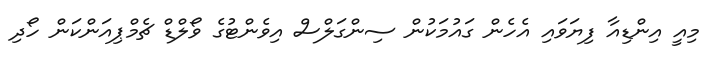
މިއީ އިންޑިއާ ފިޔަވައި އެހެން ގައުމަކުން ސިންގަލްސް އިވެންޓުގެ ވޯލްޑް ޗެމްޕިއަންކަން ހޯދި